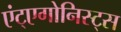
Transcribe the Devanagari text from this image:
एंट्एगोनिस्ट्स